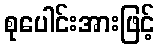
စုပေါင်းအားဖြင့်